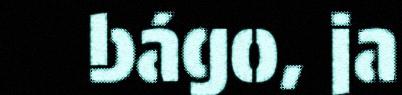
bágo, ja